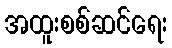
အထူးစစ်ဆင်ရေး